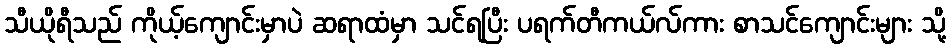
သီယိုရီသည် ကိုယ့်ကျောင်းမှာပဲ ဆရာထံမှာ သင်ရပြီး ပရက်တီကယ်လ်ကား စာသင်ကျောင်းများ သို့